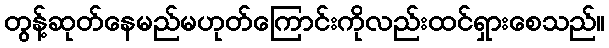
တွန့်ဆုတ်နေမည်မဟုတ်ကြောင်းကိုလည်းထင်ရှားစေသည်။